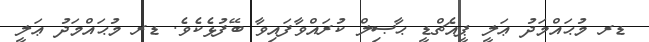
ޑރ މުޙައްމަދު ޢަލީ ޕީއެޗްޑީ ޙާޞިލް ކުރައްވާފައިވާ ބޭފުޅެކެވެ. ޑރ މުޙައްމަދު ޢަލީ